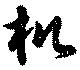
机